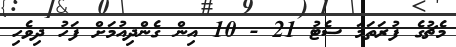
މެޗުގެ ފުރަތަމަ ސެޓު 21 - 10 އިން ގެންދިއުމަށް ފަހު ދިވެހި